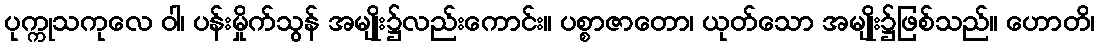
ပုက္ကုသကုလေ ဝါ၊ ပန်းမှိုက်သွန် အမျိုး၌လည်းကောင်း။ ပစ္စာဇာတော၊ ယုတ်သော အမျိုး၌ဖြစ်သည်။ ဟောတိ၊